Civil Veterinary Dept. Assam report 1927-50 - 1927-1950
Year: 1927
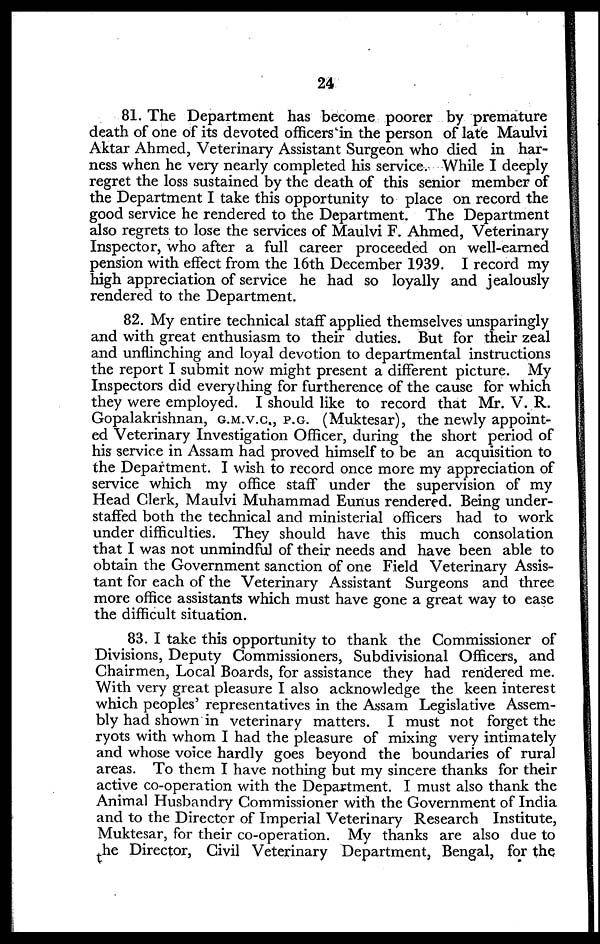
24
81. The Department has become poorer by premature
death of one of its devoted officers in the person of late Maulvi
Aktar Ahmed, Veterinary Assistant Surgeon who died in har-
ness when he very nearly completed his service. While I deeply
regret the loss sustained by the death of this senior member of
the Department I take this opportunity to place on record the
good service he rendered to the Department. The Department
also regrets to lose the services of Maulvi F. Ahmed, Veterinary
Inspector, who after a full career proceeded on well-earned
pension with effect from the 16th December 1939. I record my
high appreciation of service he had so loyally and jealously
rendered to the Department.
82. My entire technical staff applied themselves unsparingly
and with great enthusiasm to their duties. But for their zeal
and unflinching and loyal devotion to departmental instructions
the report I submit now might present a different picture. My
Inspectors did everything for furtherence of the cause for which
they were employed. I should like to record that Mr. V. R.
Gopalakrishnan, G.M.V.C., P.G. (Muktesar), the newly appoint-
ed Veterinary Investigation Officer, during the short period of
his service in Assam had proved himself to be an acquisition to
the Department. I wish to record once more my appreciation of
service which my office staff under the supervision of my
Head Clerk, Maulvi Muhammad Eunus rendered. Being under-
staffed both the technical and ministerial officers had to work
under difficulties. They should have this much consolation
that I was not unmindful of their needs and have been able to
obtain the Government sanction of one Field Veterinary Assis-
tant for each of the Veterinary Assistant Surgeons and three
more office assistants which must have gone a great way to ease
the difficult situation.
83. I take this opportunity to thank the Commissioner of
Divisions, Deputy Commissioners, Subdivisional Officers, and
Chairmen, Local Boards, for assistance they had rendered me.
With very great pleasure I also acknowledge the keen interest
which peoples' representatives in the Assam Legislative Assem-
bly had shown in veterinary matters. I must not forget the
ryots with whom I had the pleasure of mixing very intimately
and whose voice hardly goes beyond the boundaries of rural
areas. To them I have nothing but my sincere thanks for their
active co-operation with the Department. I must also thank the
Animal Husbandry Commissioner with the Government of India
and to the Director of Imperial Veterinary Research Institute,
Muktesar, for their co-operation. My thanks are also due to
.he Director, Civil Veterinary Department, Bengal, for the